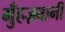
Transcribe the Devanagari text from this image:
मुँहज़बानी